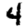
Digit: 4